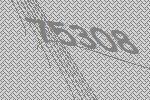
75308